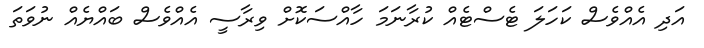
އަދި އެއްވެސް ކަހަލަ ޓެސްޓެއް ކުރާނަމަ ހާއްސަކޮށް ވިރާސީ އެއްވެސް ބައްޔެއް ނުވަތަ